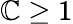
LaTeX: \mathbb{C}\geq1